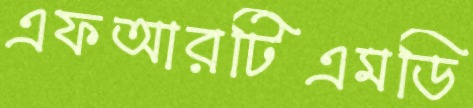
এফআরটিএমডি